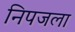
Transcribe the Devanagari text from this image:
निपजला